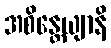
အစိန္တေယျာနိ